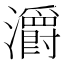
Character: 灂